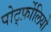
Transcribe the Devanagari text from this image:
पोर्ट्फ़ोलियो